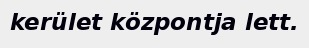
kerület központja lett.